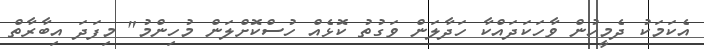
އެކަމަކު ދެމީހުން ވާހަކަދައްކާ ހަދާލަން ވަގުތު ކޮޅެއް ހުސްކޮށްލަން މުހިންމު" މިފަދަ އިބާރާތް